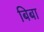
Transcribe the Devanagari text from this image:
बिबा